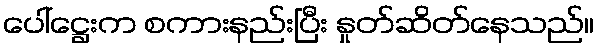
ပေါ်ဋ္ဌေးက စကားနည်းပြီး နှုတ်ဆိတ်နေသည်။